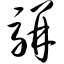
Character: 骈